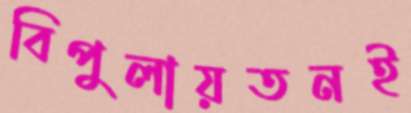
বিপুলায়তনই